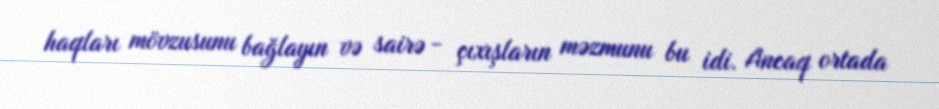
haqları mövzusunu bağlayın və sairə - çıxışların məzmunu bu idi. Ancaq ortada